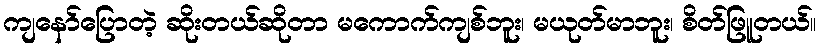
ကျနော်ပြောတဲ့ ဆိုးတယ်ဆိုတာ မကောက်ကျစ်ဘူး၊ မယုတ်မာဘူး၊ စိတ်ဖြူတယ်။